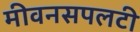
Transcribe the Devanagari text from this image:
मीवनसपलटी